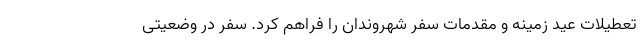
تعطیلات عید زمینه و مقدمات سفر شهروندان را فراهم کرد. سفر در وضعیتی